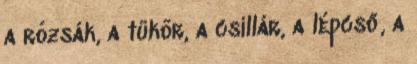
a rózsák, a tükör, a csillár, a lépcső, a